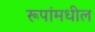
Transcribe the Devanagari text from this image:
रूपांमधील